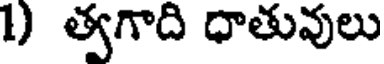
1) త్వగాది ధాతువులు